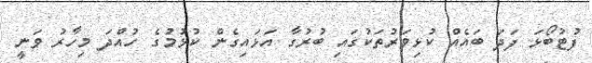
ފުޓުބޯޅަ ފަދަ ބައެއް ކުޅިވަރުތަކުގައި ބުރުގާ އަޅައިގެން ކުޅުމުގެ ހުއްދަ މިހާރު ވަނީ